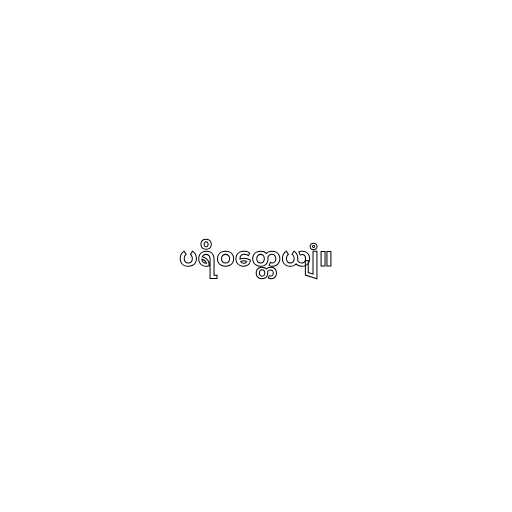
ပရိဝတ္တေယျံ။